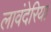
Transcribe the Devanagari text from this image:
लावंदेरिया